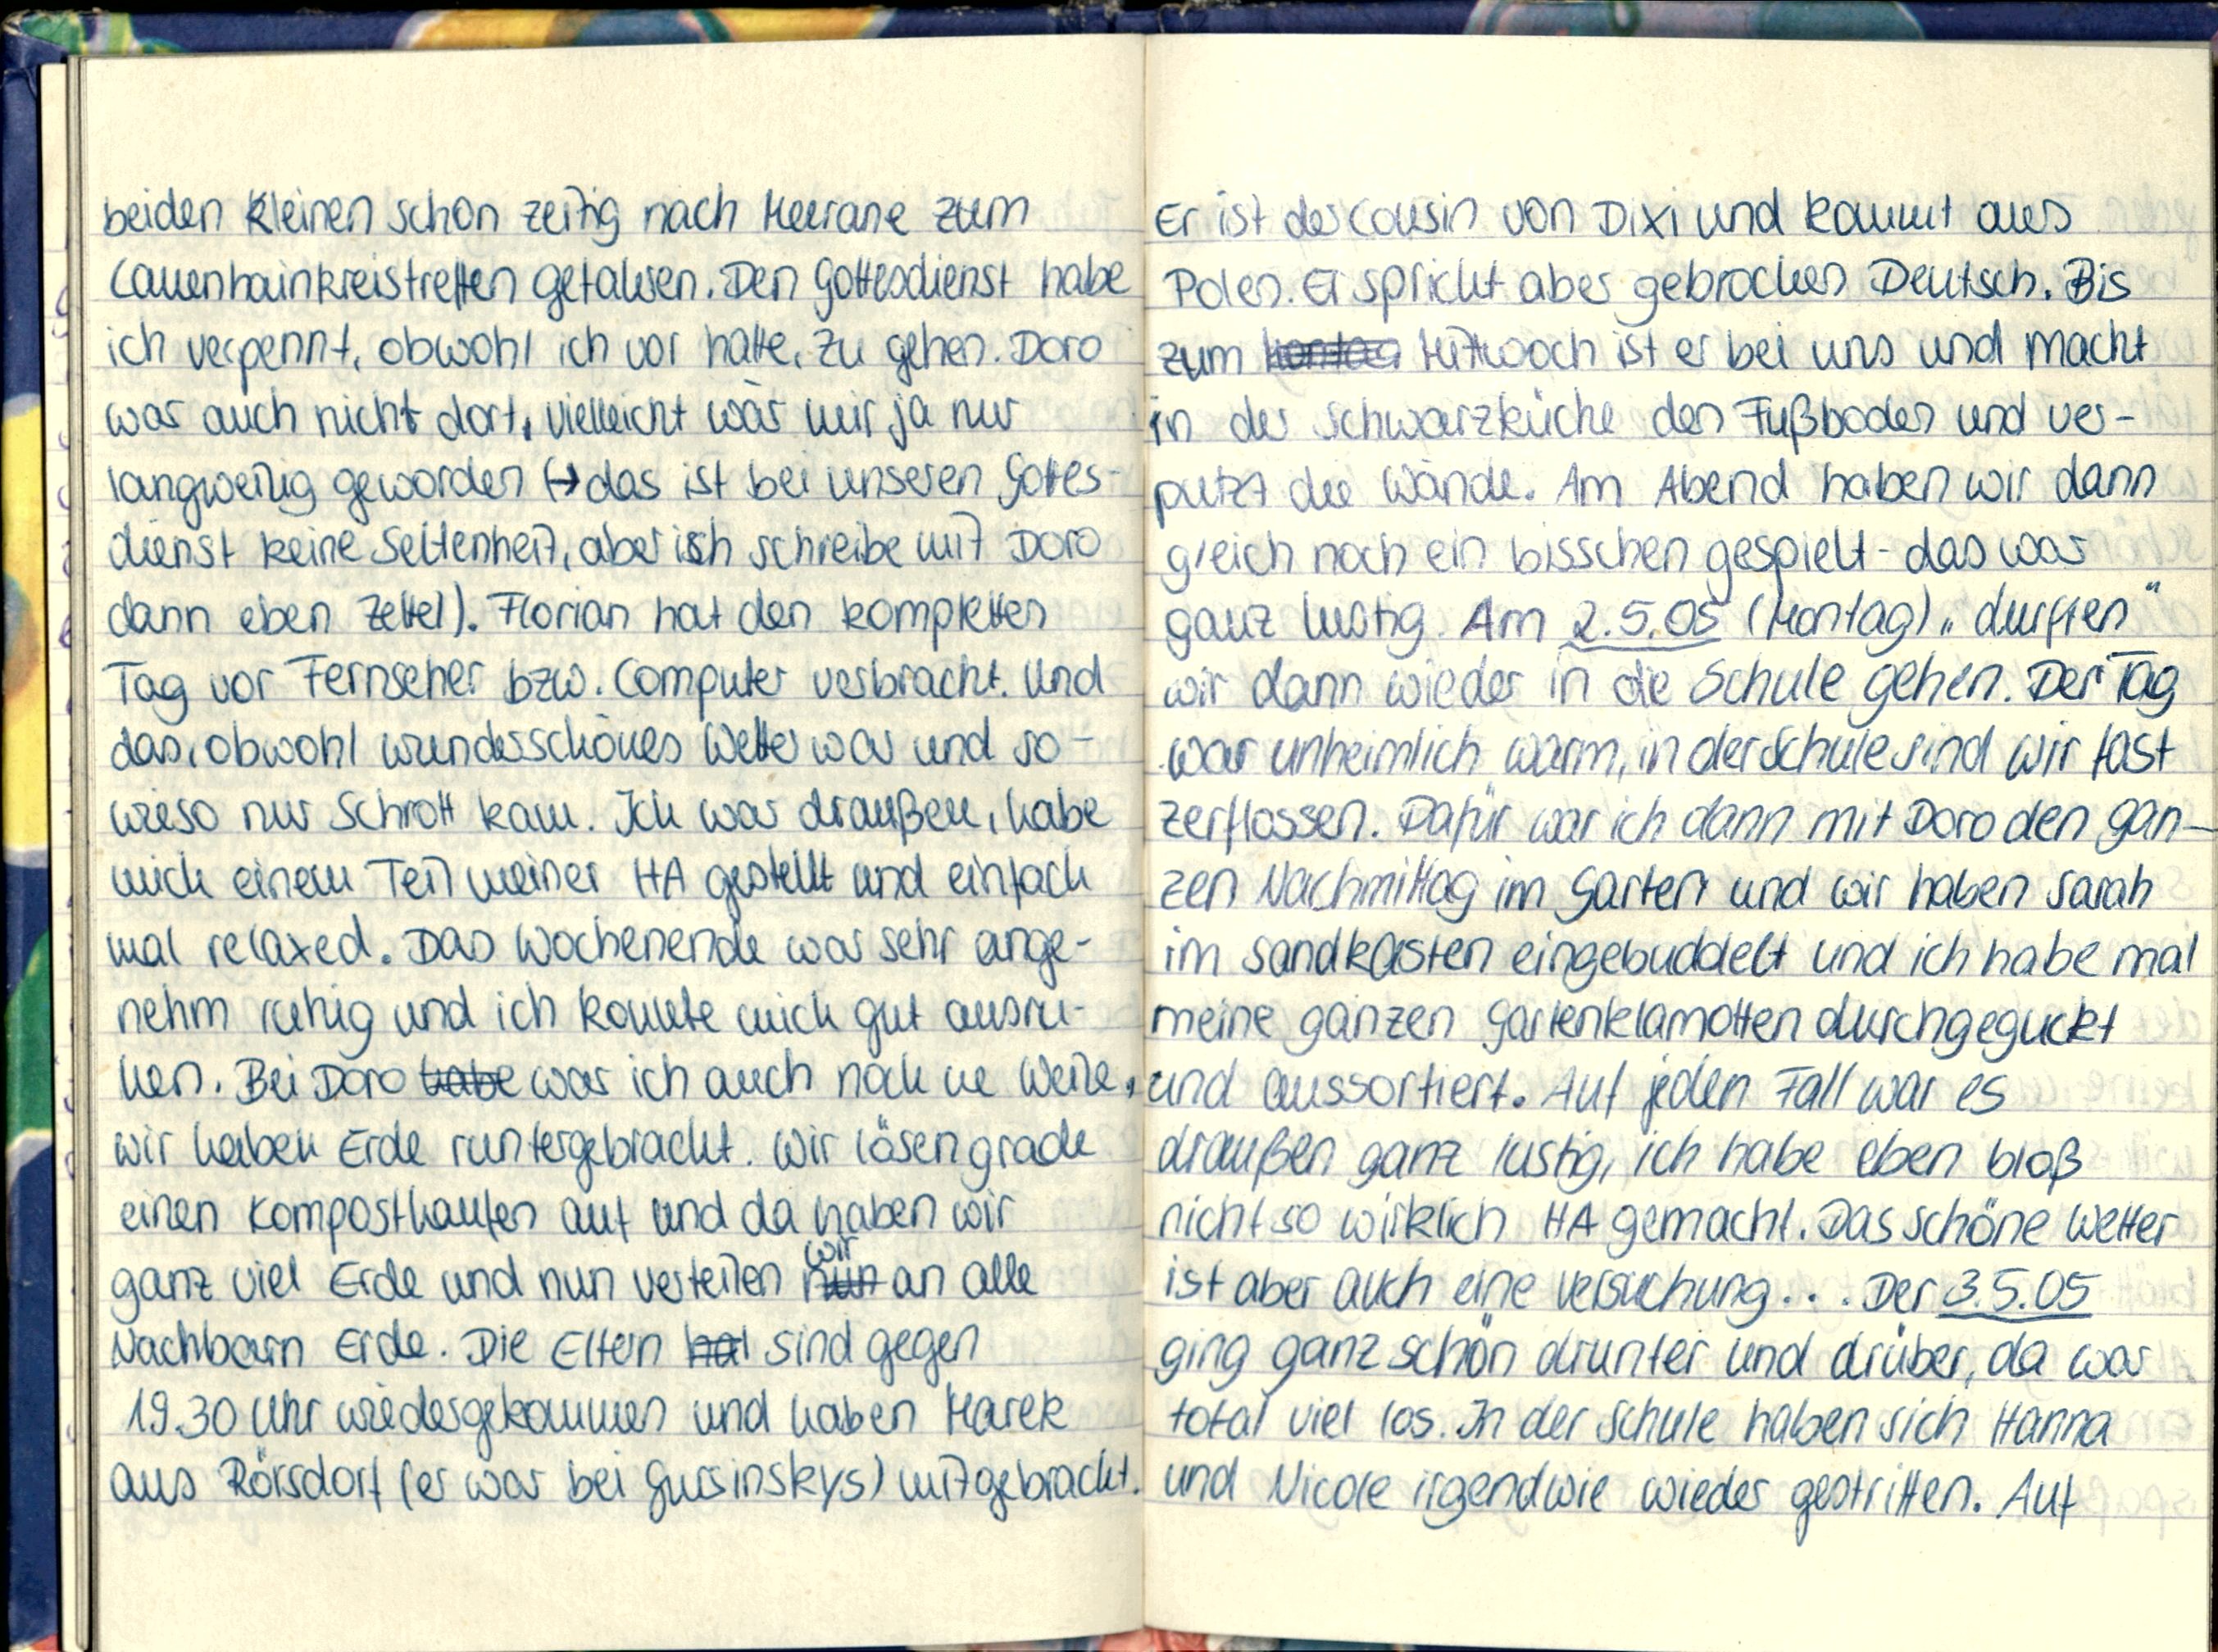
beiden kleinen schon zeitig nach Meerane zum
Lauenhainkreistreffen gefahren. Den Gottesdienst habe
ich verpennt, obwohl ich vor hatte, zu gehen. Doro
war auch nicht dort, vielleicht wär mir ja nur
langweilig geworden (-> das ist bei unseren Gottes-
dienst keine Seltenheit, aber ich schreibe mit Doro
dann eben Zettel). Florian hat den kompletten
Tag vor Fernseher bzw. Computer verbracht. Und
das, obwohl wunderschönes Wetter war und so-
wieso nur Schrott kam. Ich war draußen, habe
mich einem Teil meiner HA gestellt und einfach
mal relaxed. Das Wochenende war sehr ange-
nehm ruhig und ich konnte mich gut ausru-
hen. Bei Doro war ich auch noch ne Weile,
wir haben Erde runtergebracht. Wir lösen grade
einen Komposthaufen auf und da haben wir
ganz viel Erde und nun verteilen wir an alle
Nachbarn Erde. Die Eltern sind gegen
19.30 Uhr wiedergekommen und haben Marek
aus Rörsdorf (er war bei Gursinskys) mitgebracht.

Er ist der Cousin von Dixi und kommt aus
Polen. Er spricht aber gebrochen Deutsch. Bis
zum Mittwoch ist er bei uns und macht
in der Schwarzküche den Fußboden und ver-
putzt die Wände. Am Abend haben wir dann
gleich noch ein bisschen gespielt - das war
ganz lustig. Am 2.5.05 (Montag) „durften"
wir dann wieder in die Schule gehen. Der Tag
war unheimlich warm, in derSchule sind wir fast
zerflossen. Dafür war ich dann mit Doro den gan-
zen Nachmittag im Garten und wir haben Sarah
im Sandkasten eingebuddelt und ich habe mal
meine ganzen Gartenklamotten durchgeguckt
und aussortiert. Auf jeden Fall war es
draußen ganz lustig, ich habe eben bloß
nicht so wirklich HA gemacht. Das schöne Wetter
ist aber auch eine Versuchung... Der 3.5.05
ging ganz schön drunter und drüber, da war
total viel los. In der Schule haben sich Hanna
und Nicole irgendwie wieder gestritten. Auf